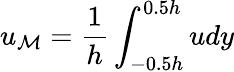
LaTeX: u_{\mathcal{M}}=\frac{{1}}{{h}}\int_{-0.5h}^{0.5h}udy